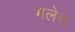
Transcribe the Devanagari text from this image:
भलेच